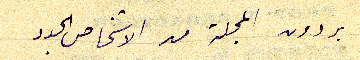
يردون المجلة من الاشخاص الجدد